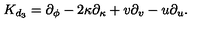
{ K } _ { d _ { 3 } } = \partial _ { \phi } - 2 \kappa \partial _ { \kappa } + v \partial _ { v } - u \partial _ { u } .